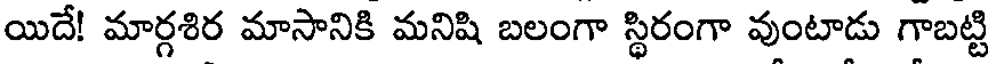
యిదే! మార్గశిర మాసానికి మనిషి బలంగా స్థిరంగా వుంటాడు గాబట్టి